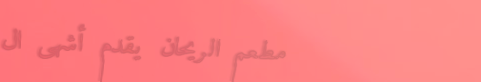
مطعم الريحان يقدم أشهى ال